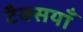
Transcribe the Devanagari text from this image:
टैक्सयाँ